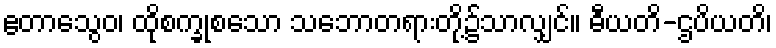
ဧတာသွေဝ၊ ထိုစက္ခုစသော သဘောတရားတို့၌သာလျှင်။ ဓီယတိ-ဌပိယတိ၊